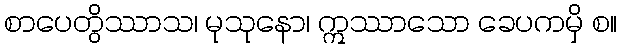
စာပေတွိဿာသ၊ မုသုနော၊ ဣဿာသော ခေပကမှိ စ။